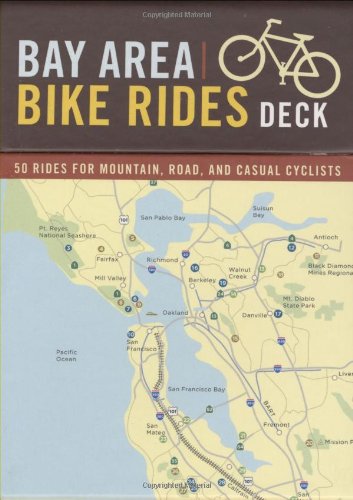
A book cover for Bay Area Bike Rides Deck: 50 Rides for Mountain, Road, and Casual Cyclists; Ray Hosler; Travel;